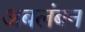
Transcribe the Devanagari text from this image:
अबलंबन